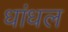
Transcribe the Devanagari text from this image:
धांधल